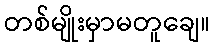
တစ်မျိုးမှာမတူချေ။